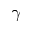
\gamma